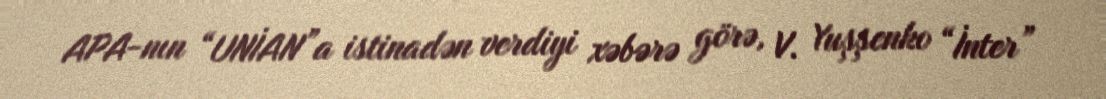
APA-nın “UNİAN”a istinadən verdiyi xəbərə görə, V. Yuşşenko “İnter”